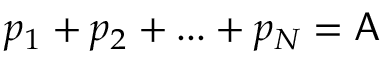
p _ { 1 } + p _ { 2 } + . . . + p _ { N } = \mathsf { A }